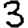
Digit: 3